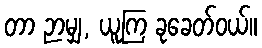
တာ ဉာမျှ, ယူကြ ခုခေတ်ဝယ်။